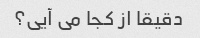
دقیقا از کجا می آیی؟